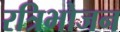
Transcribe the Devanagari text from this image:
रत्रिभोजन